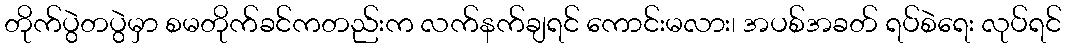
တိုက်ပွဲတပွဲမှာ စမတိုက်ခင်ကတည်းက လက်နက်ချရင် ကောင်းမလား၊ အပစ်အခတ် ရပ်စဲရေး လုပ်ရင်